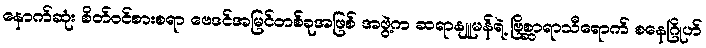
နောက်ဆုံး စိတ်ဝင်စားစရာ ဗေဒင်အမြင်တစ်ခုအဖြစ် အဖွဲ့က ဆရာနျူမန်ရဲ့ ဗြိစ္ဆာရာသီရောက် စနေဂြိုဟ်